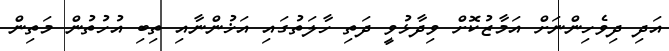
އަދި ދިވެހިންނަށް އަމާޒުކޮށް ވިދާޅުވީ ދަތި ހާލަތުގައި އަޚުންނާއި ތިބި އުހުތުން މަތިން